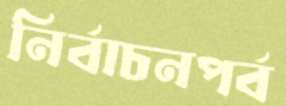
নির্বাচনপর্ব